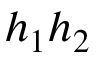
h _ { 1 } h _ { 2 }